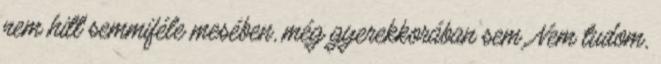
nem hitt semmiféle mesében, még gyerekkorában sem. Nem tudom,